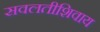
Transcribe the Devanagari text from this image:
सवलतीशिवाय